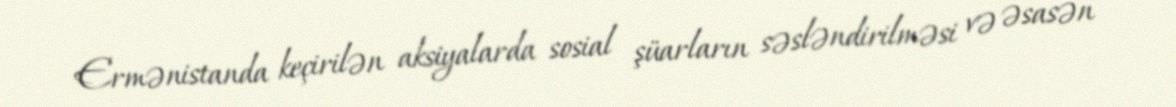
Ermənistanda keçirilən aksiyalarda sosial şüarların səsləndirilməsi və əsasən